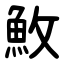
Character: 䰻